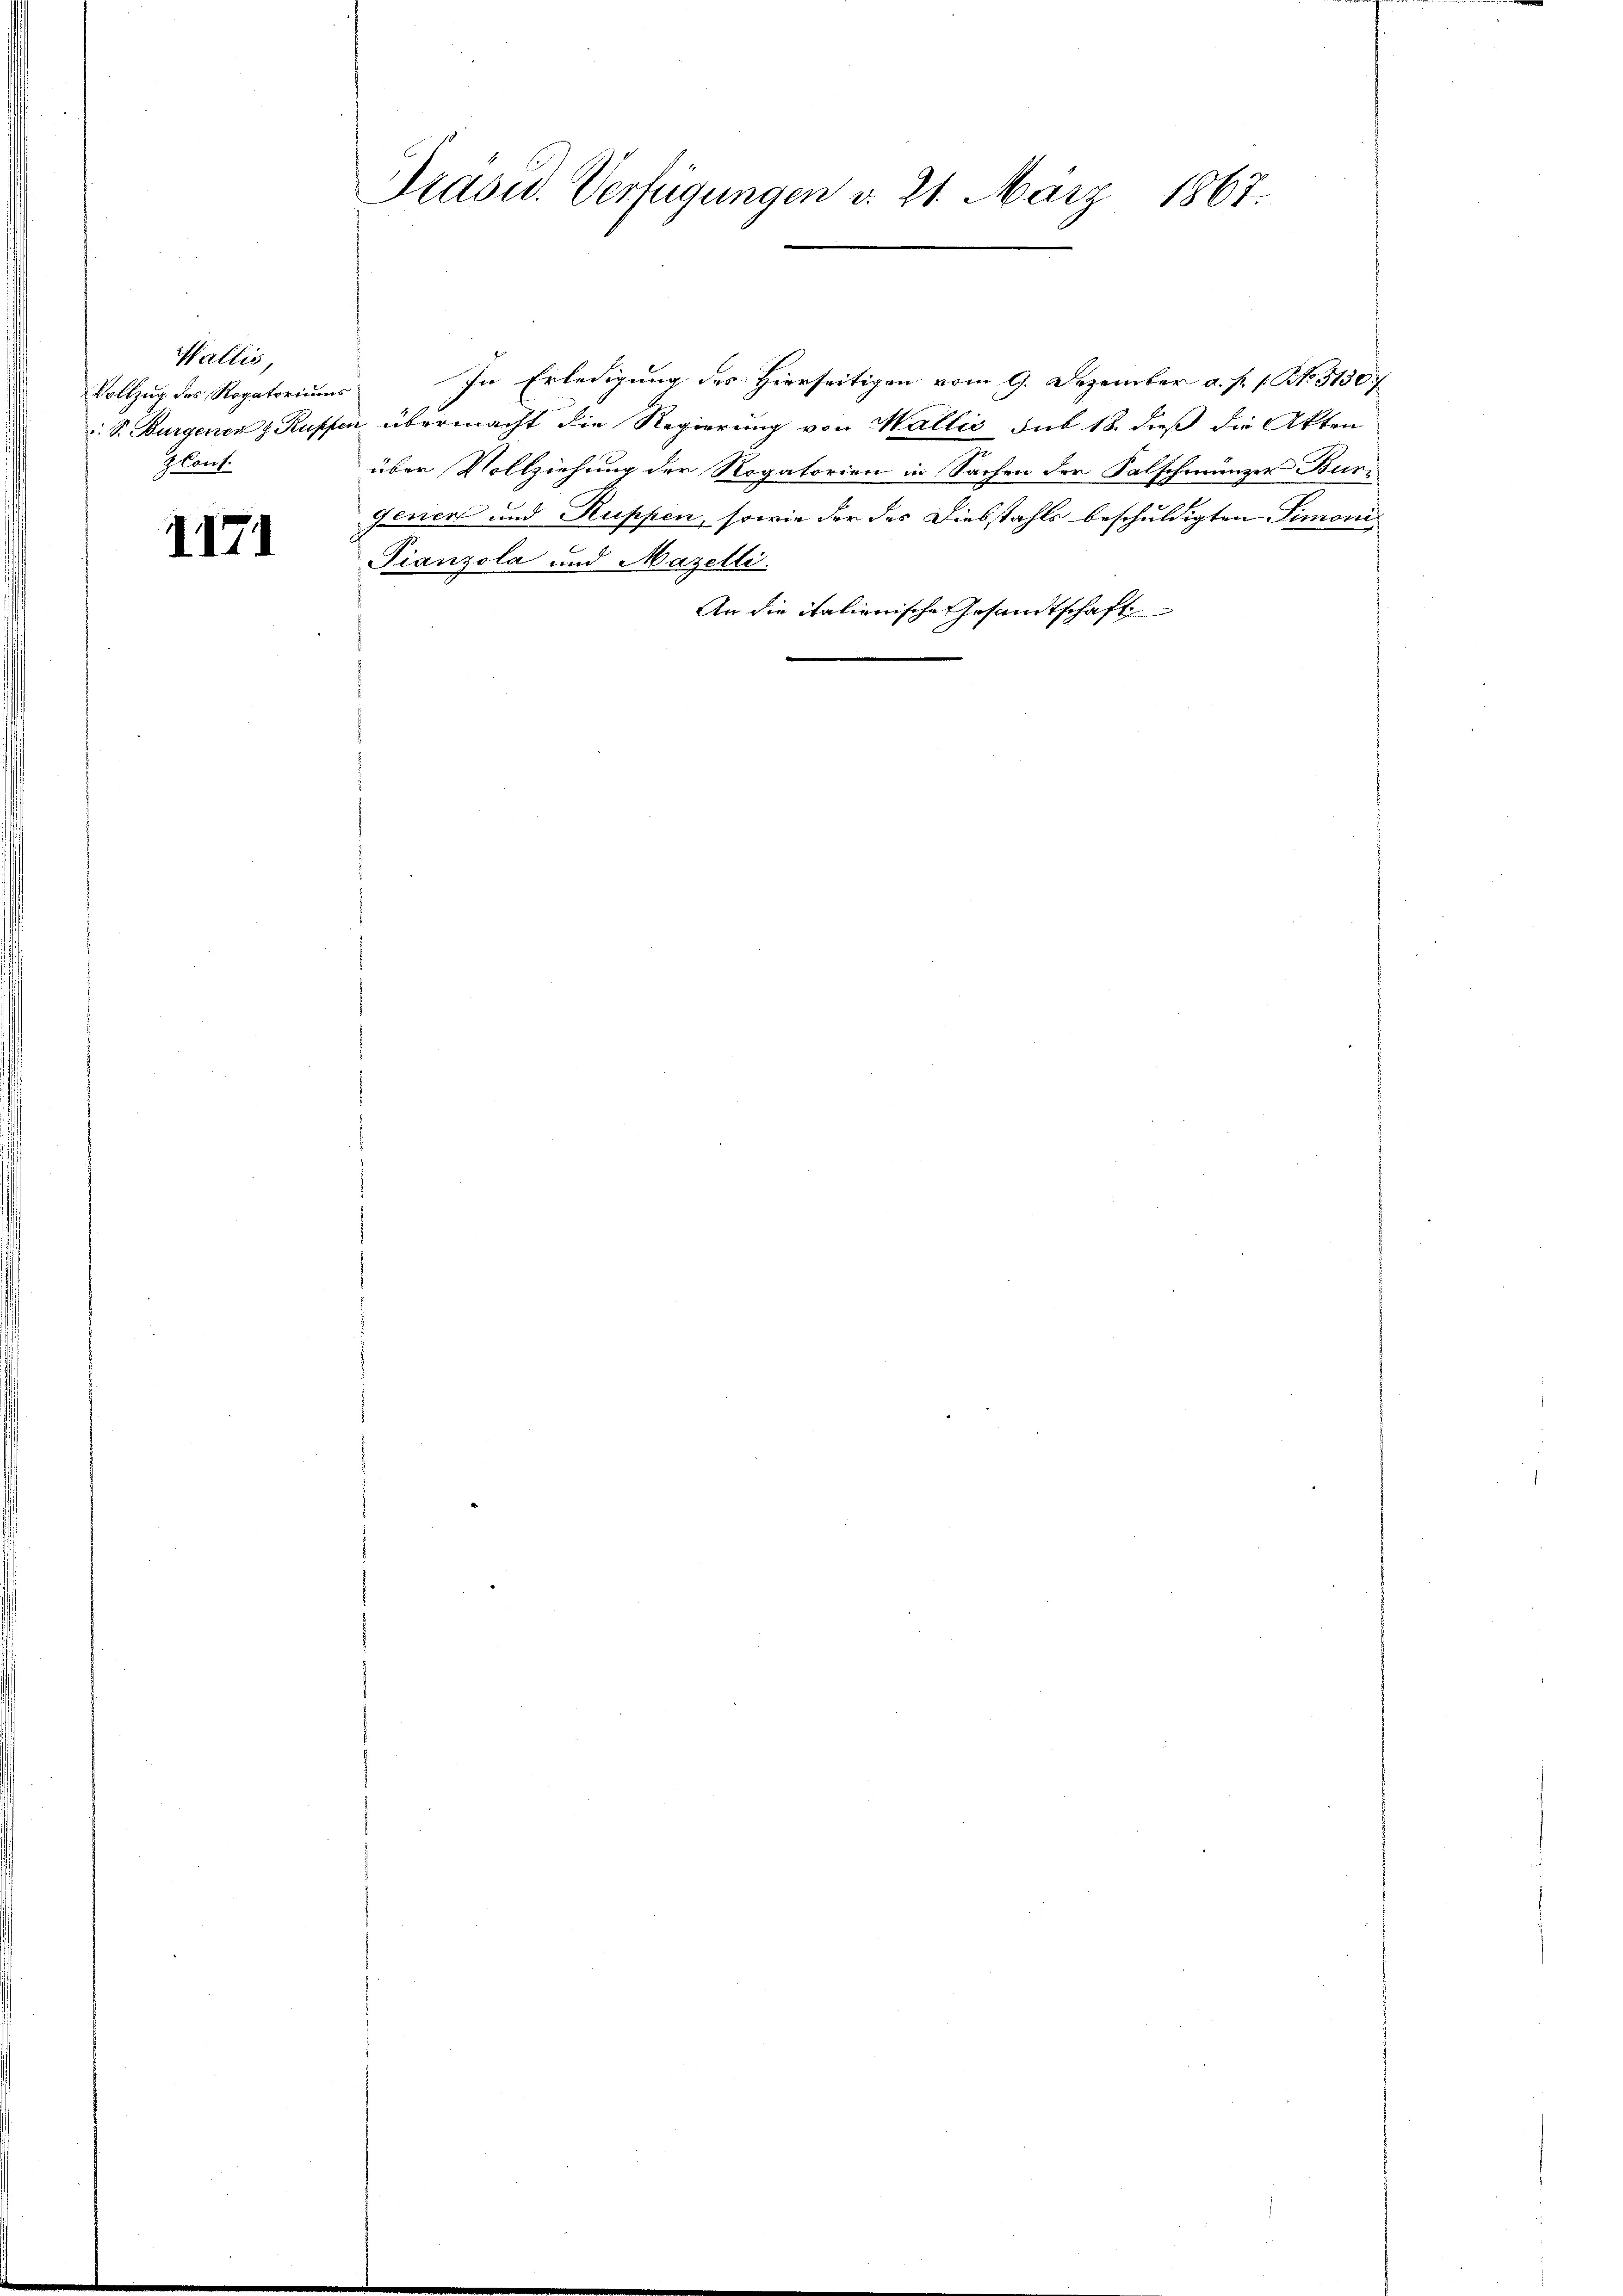
Wallis,
Vollzug des Rogatoriums
Cont

I171

Pasid. Verfügungen d. 21. März 1867.

In Erledigung des Hierseitigen vom 9. Dezember a. p. 1. No. 3130/
S. Burgenen z. Ruppen übermacht die Regierung von Wallis sub 18. dieß die Akten
über Vollziehung der Rogatorien in Sachen der Salschmünzer Buri
Feriert und Ruppen, sowie der des Diesstahls beschuldigten Simoni
Pianzola und Mazetti.
An die italienische Gesandtschaft